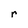
Character: r